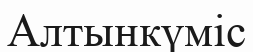
Алтынкүміс